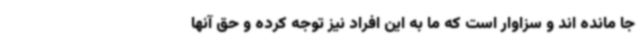
جا مانده اند و سزاوار است که ما به این افراد نیز توجه کرده و حق آنها